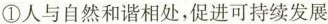
①人与自然和谐相处，促进可持续发展